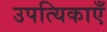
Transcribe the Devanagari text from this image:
उपत्यिकाएँ